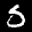
Label: 5